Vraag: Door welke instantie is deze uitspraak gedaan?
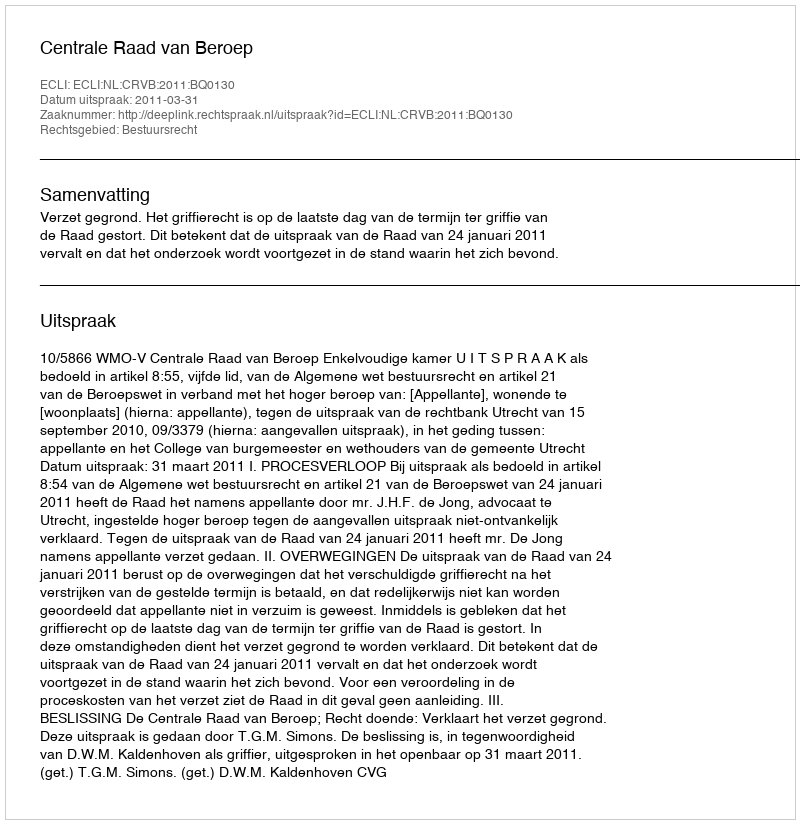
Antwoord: Centrale Raad van Beroep